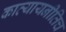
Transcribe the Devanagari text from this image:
कात्यायनीतिच